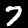
Digit: 7